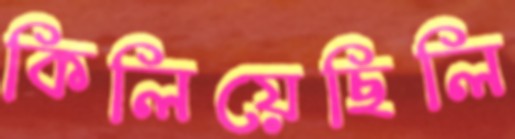
কিলিয়েছিলি